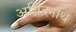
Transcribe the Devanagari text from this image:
अब्रिंद्रनाथ